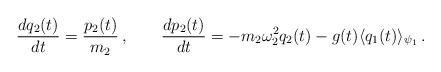
LaTeX: \begin{align*}\frac{dq_2(t)}{dt} = \frac{p_2(t)}{m_2}\,,\qquad \frac{dp_2(t)}{dt} =-m_2\omega_2^2q_2(t) - g(t)\langle q_1(t)\rangle_{\psi_1} \,.\end{align*}